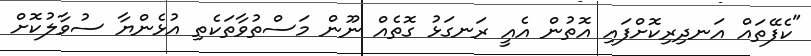
"ކެފޭތައް އަނދިރިކޮށްފައި އޮތުން އެއީ ރަނގަޅު ގޮތެއް ނޫން މަސްތުވާތަކެތި އުޅެންޔާ ސުވާލުކޮށް